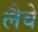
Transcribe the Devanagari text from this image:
लैवे